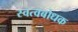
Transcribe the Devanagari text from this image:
स्वत्वबोधक